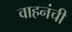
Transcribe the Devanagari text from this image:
वाहनंची